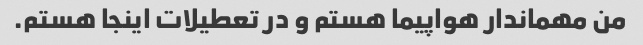
من مهماندار هواپیما هستم و در تعطیلات اینجا هستم.